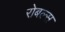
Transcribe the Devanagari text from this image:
रोबल्स